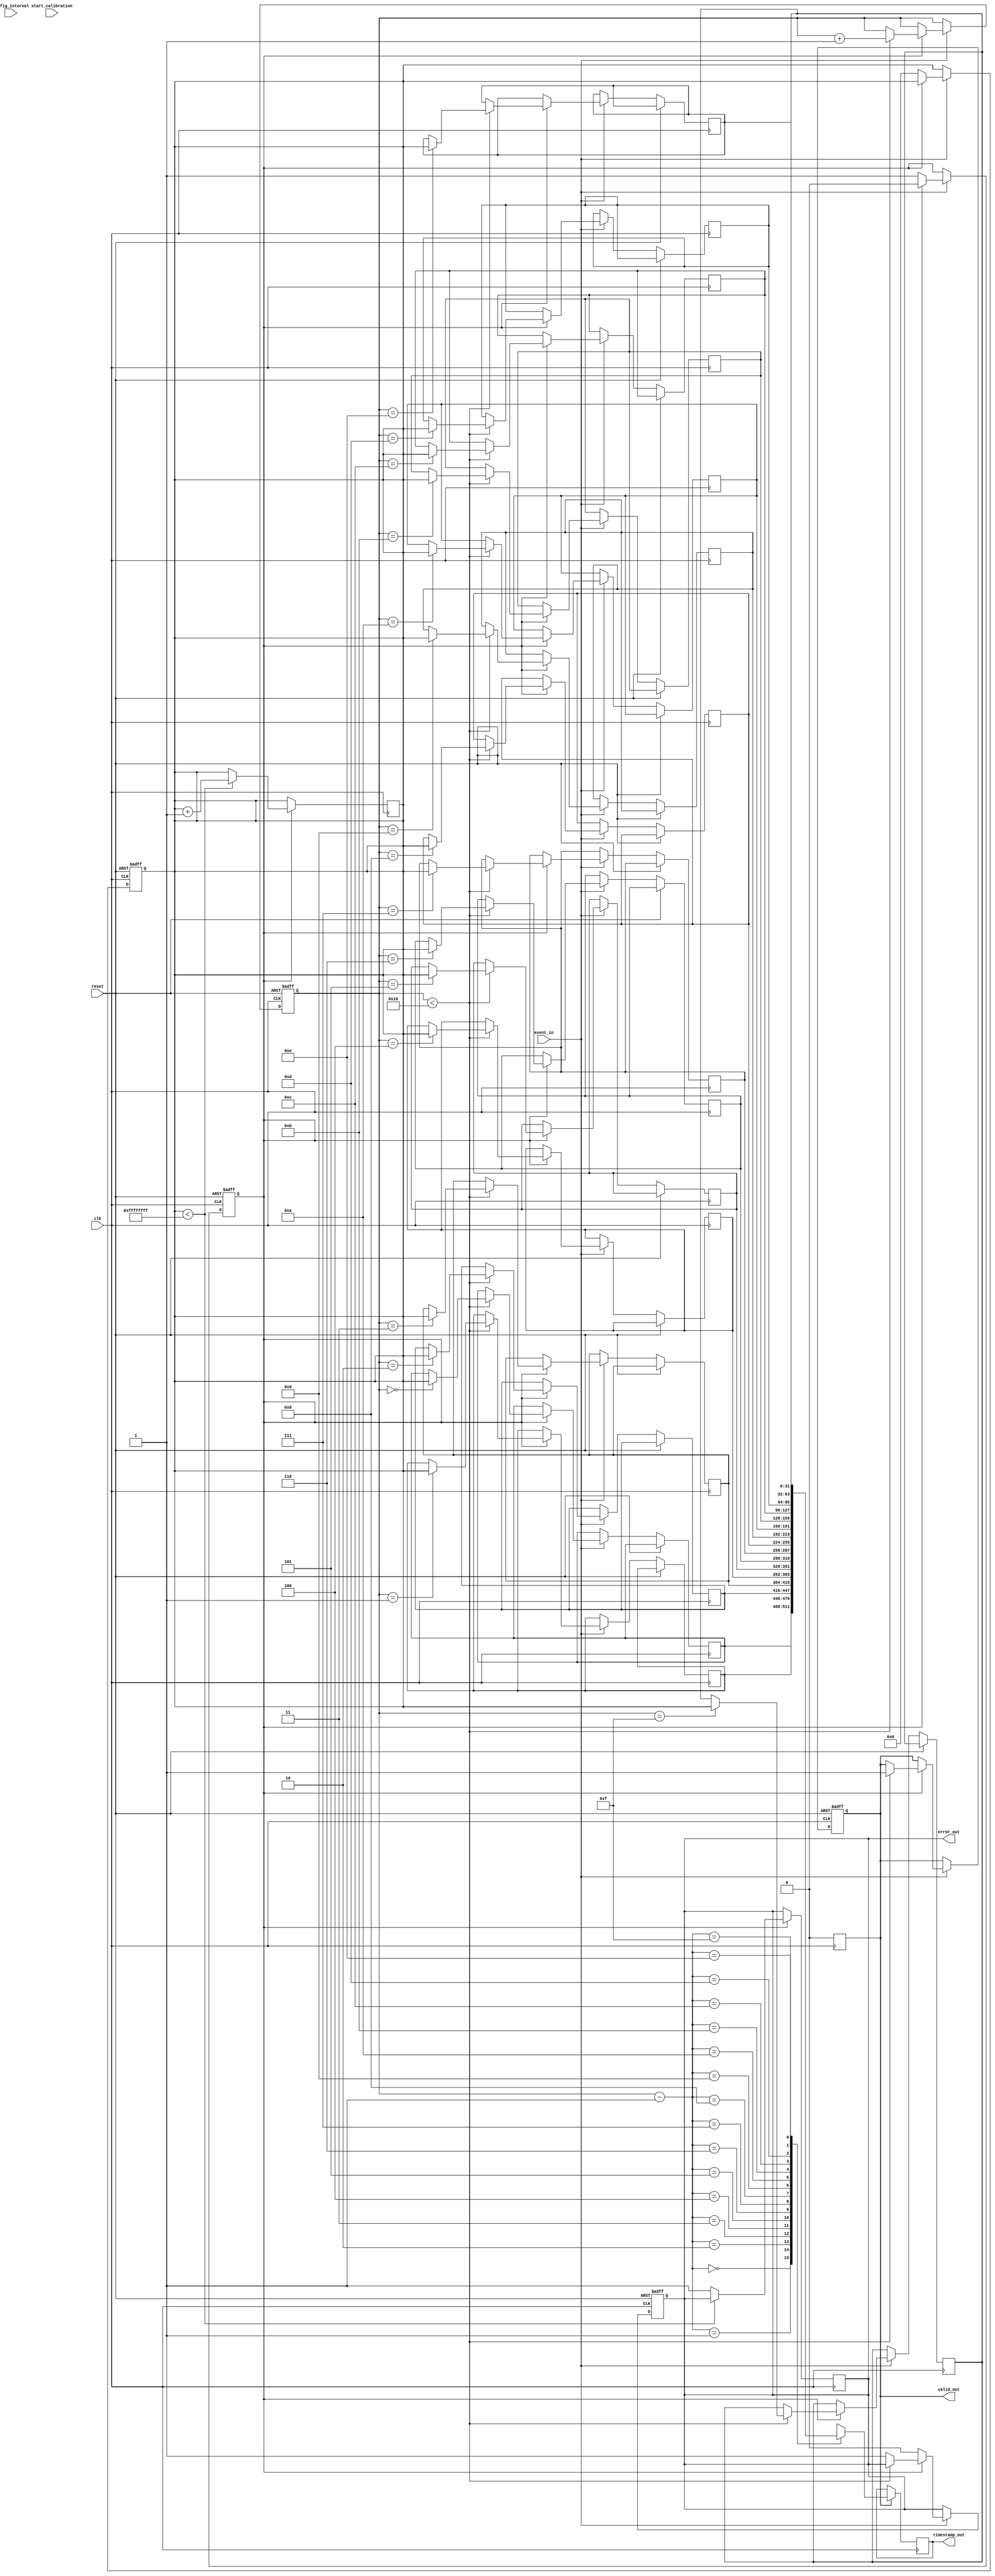
module MemoryBlocksEventTimerTDC (
    input wire clk,                // System clock
    input wire reset,              // Reset signal
    input wire event_in,           // Incoming event signal
    input wire start_calibration,  // Start calibration mode
    input wire [7:0] config_interval, // Configurable timer interval
    output reg [31:0] timestamp_out, // Output timestamp
    output reg valid_out,          // Output valid signal
    output reg error_out           // Error signal
);

    // Parameters
    parameter MAX_EVENTS = 16;     // Maximum number of events
    parameter MAX_COUNT = 32'hFFFFFFFF; // Maximum count value

    // Internal signals
    reg [31:0] timer_count;         // Timer count
    reg [31:0] event_timestamps[MAX_EVENTS-1:0]; // Event timestamps
    reg [3:0] event_index;          // Current event index
    reg counting;                   // Counting flag
    reg calibration_mode;           // Calibration mode flag

    // Event Detection Unit
    always @(posedge clk or posedge reset) begin
        if (reset) begin
            event_index <= 0;
            counting <= 0;
            valid_out <= 0;
            error_out <= 0;
            timer_count <= 0;
        end else if (event_in) begin
            if (!counting) begin
                // Start counting
                counting <= 1;
                timer_count <= 0;
                error_out <= 0;
            end else begin
                // Stop counting and store timestamp
                if (event_index < MAX_EVENTS) begin
                    event_timestamps[event_index] <= timer_count;
                    event_index <= event_index + 1;
                    valid_out <= 1;
                end else begin
                    error_out <= 1; // Overflow error
                end
                counting <= 0;
            end
        end
    end

    // Timer Core
    always @(posedge clk) begin
        if (counting) begin
            if (timer_count < MAX_COUNT) begin
                timer_count <= timer_count + 1;
            end else begin
                error_out <= 1; // Overflow error
            end
        end
    end

    // Output Formatter
    always @(posedge clk) begin
        if (valid_out) begin
            timestamp_out <= event_timestamps[event_index - 1];
            valid_out <= 0; // Reset valid signal after reading
        end
    end

    // Calibration Mode (optional)
    always @(posedge clk) begin
        if (start_calibration) begin
            calibration_mode <= 1;
            // Calibration logic can be added here
        end else begin
            calibration_mode <= 0;
        end
    end

endmodule